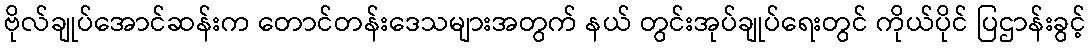
ဗိုလ်ချုပ်အောင်ဆန်းက တောင်တန်းဒေသများအတွက် နယ် တွင်းအုပ်ချုပ်ရေးတွင် ကိုယ်ပိုင် ပြဌာန်းခွင့်